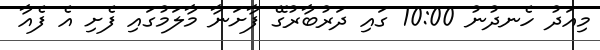
މިއަދު ހެނދުނު 10:00 ގައި ދަރުބާރުގޭ ފާށަނާ މާލަމުގައި ފެށި އެ ފެއާ